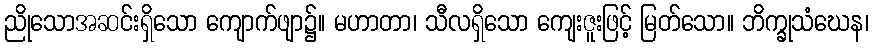
ညိုသောအဆင်းရှိသော ကျောက်ဖျာ၌။ မဟာတာ၊ သီလရှိသော ကျေးဇူးဖြင့် မြတ်သော။ ဘိက္ခုသံဃေန၊